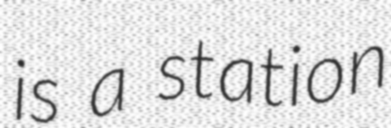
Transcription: is a station